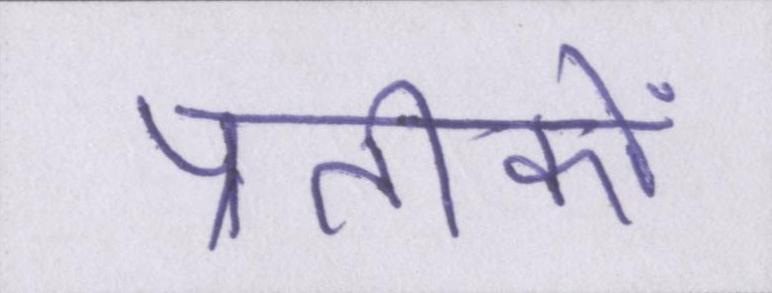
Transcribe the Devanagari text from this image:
प्रतीकों